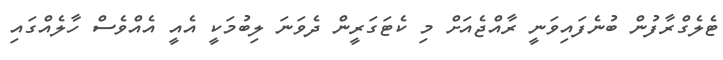
ޓެލެގްރާފުން ބުނެފައިވަނީ ރާއްޖެއަށް މި ކެޓަގަރީން ދެވަނަ ލިބުމަކީ އެއީ އެއްވެސް ހާލެއްގައި